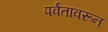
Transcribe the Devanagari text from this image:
पर्वतावरून